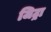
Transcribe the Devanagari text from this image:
जिट्रा